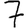
Digit: 7